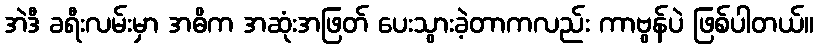
အဲဒီ ခရီးလမ်းမှာ အဓိက အဆုံးအဖြတ် ပေးသွားခဲ့တာကလည်း ကာဗွန်ပဲ ဖြစ်ပါတယ်။